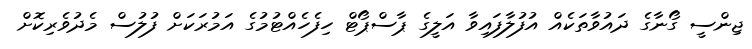
ޖިންސީ ގޯނާގެ ދައުވާތަކެއް އުފުލާފައިވާ އަލީގެ ޕާސްޕޯޓް ހިފެހެއްޓުމުގެ އަމުރަކަށް ފުލުސް މެދުވެރިކޮށް